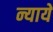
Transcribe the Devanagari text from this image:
न्यायें